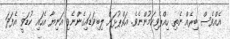
އެއްވެސް ބިރެއް ނެތި ހިއްޕެވިކަމުންނެވެ. އަތްޕުޅަށް ލިބިވަޑައިގެންނެވި އަނިޔާ އެހައި ކުޑަވީ އެފަދަ